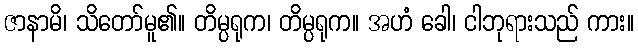
ဇာနာမိ၊ သိတော်မူ၏။ တိမ္ပရုက၊ တိမ္ပရုက။ အဟံ ခေါ၊ ငါဘုရားသည် ကား။